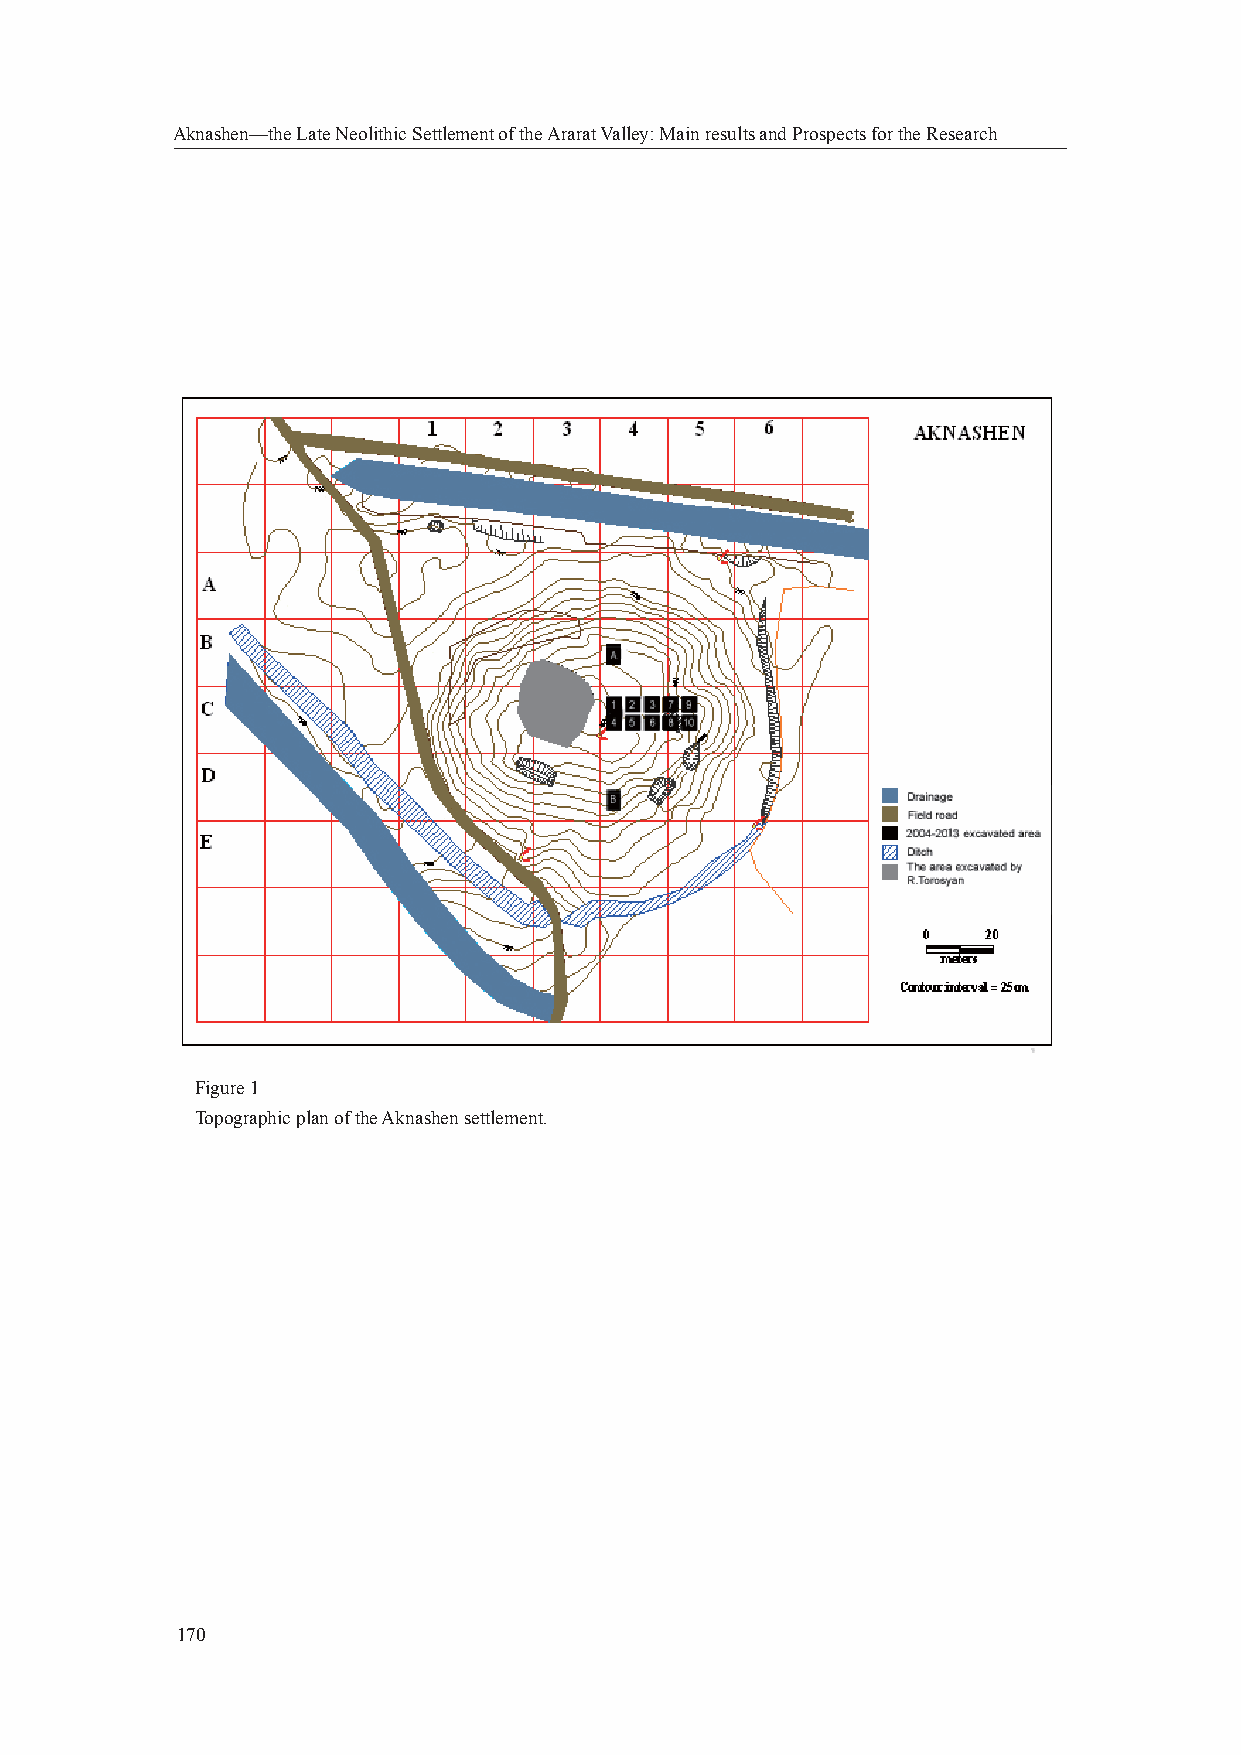
Aknashen—the Late Neolithic Settlement of the Ararat Valley: Main results and Prospects for the Research
 Figure 1
 Topographic plan of the Aknashen settlement.
 170